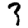
Digit: 3